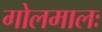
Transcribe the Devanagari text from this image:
गोलमालः